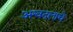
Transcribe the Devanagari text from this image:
अश्वदलाचे